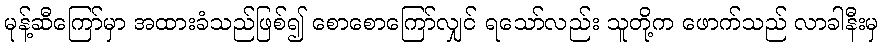
မုန့်ဆီကြော်မှာ အထားခံသည်ဖြစ်၍ စောစောကြော်လျှင် ရသော်လည်း သူတို့က ဖောက်သည် လာခါနီးမှ